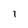
Character: 1